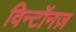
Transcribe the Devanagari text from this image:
विन्टॉनज़